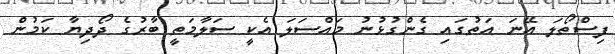
ފިސްތޯލަ އޭނަ އަތުގައި ގެންގުޅުނު މައްސަލަ އެކީ ސަލާމަތީ ބާރުގެ ދޯދިޔާ ކަމުން